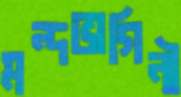
মন্দভাগিনী